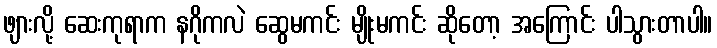
ဖျားလို့ ဆေးကုရာက နဂိုကလဲ ဆွေမကင်း မျိုးမကင်း ဆိုတော့ အကြောင်း ပါသွားတာပါ။